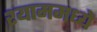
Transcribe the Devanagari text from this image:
श्याममध्ये